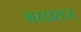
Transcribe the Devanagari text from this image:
मरदाराज